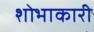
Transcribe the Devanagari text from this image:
शोभाकारी